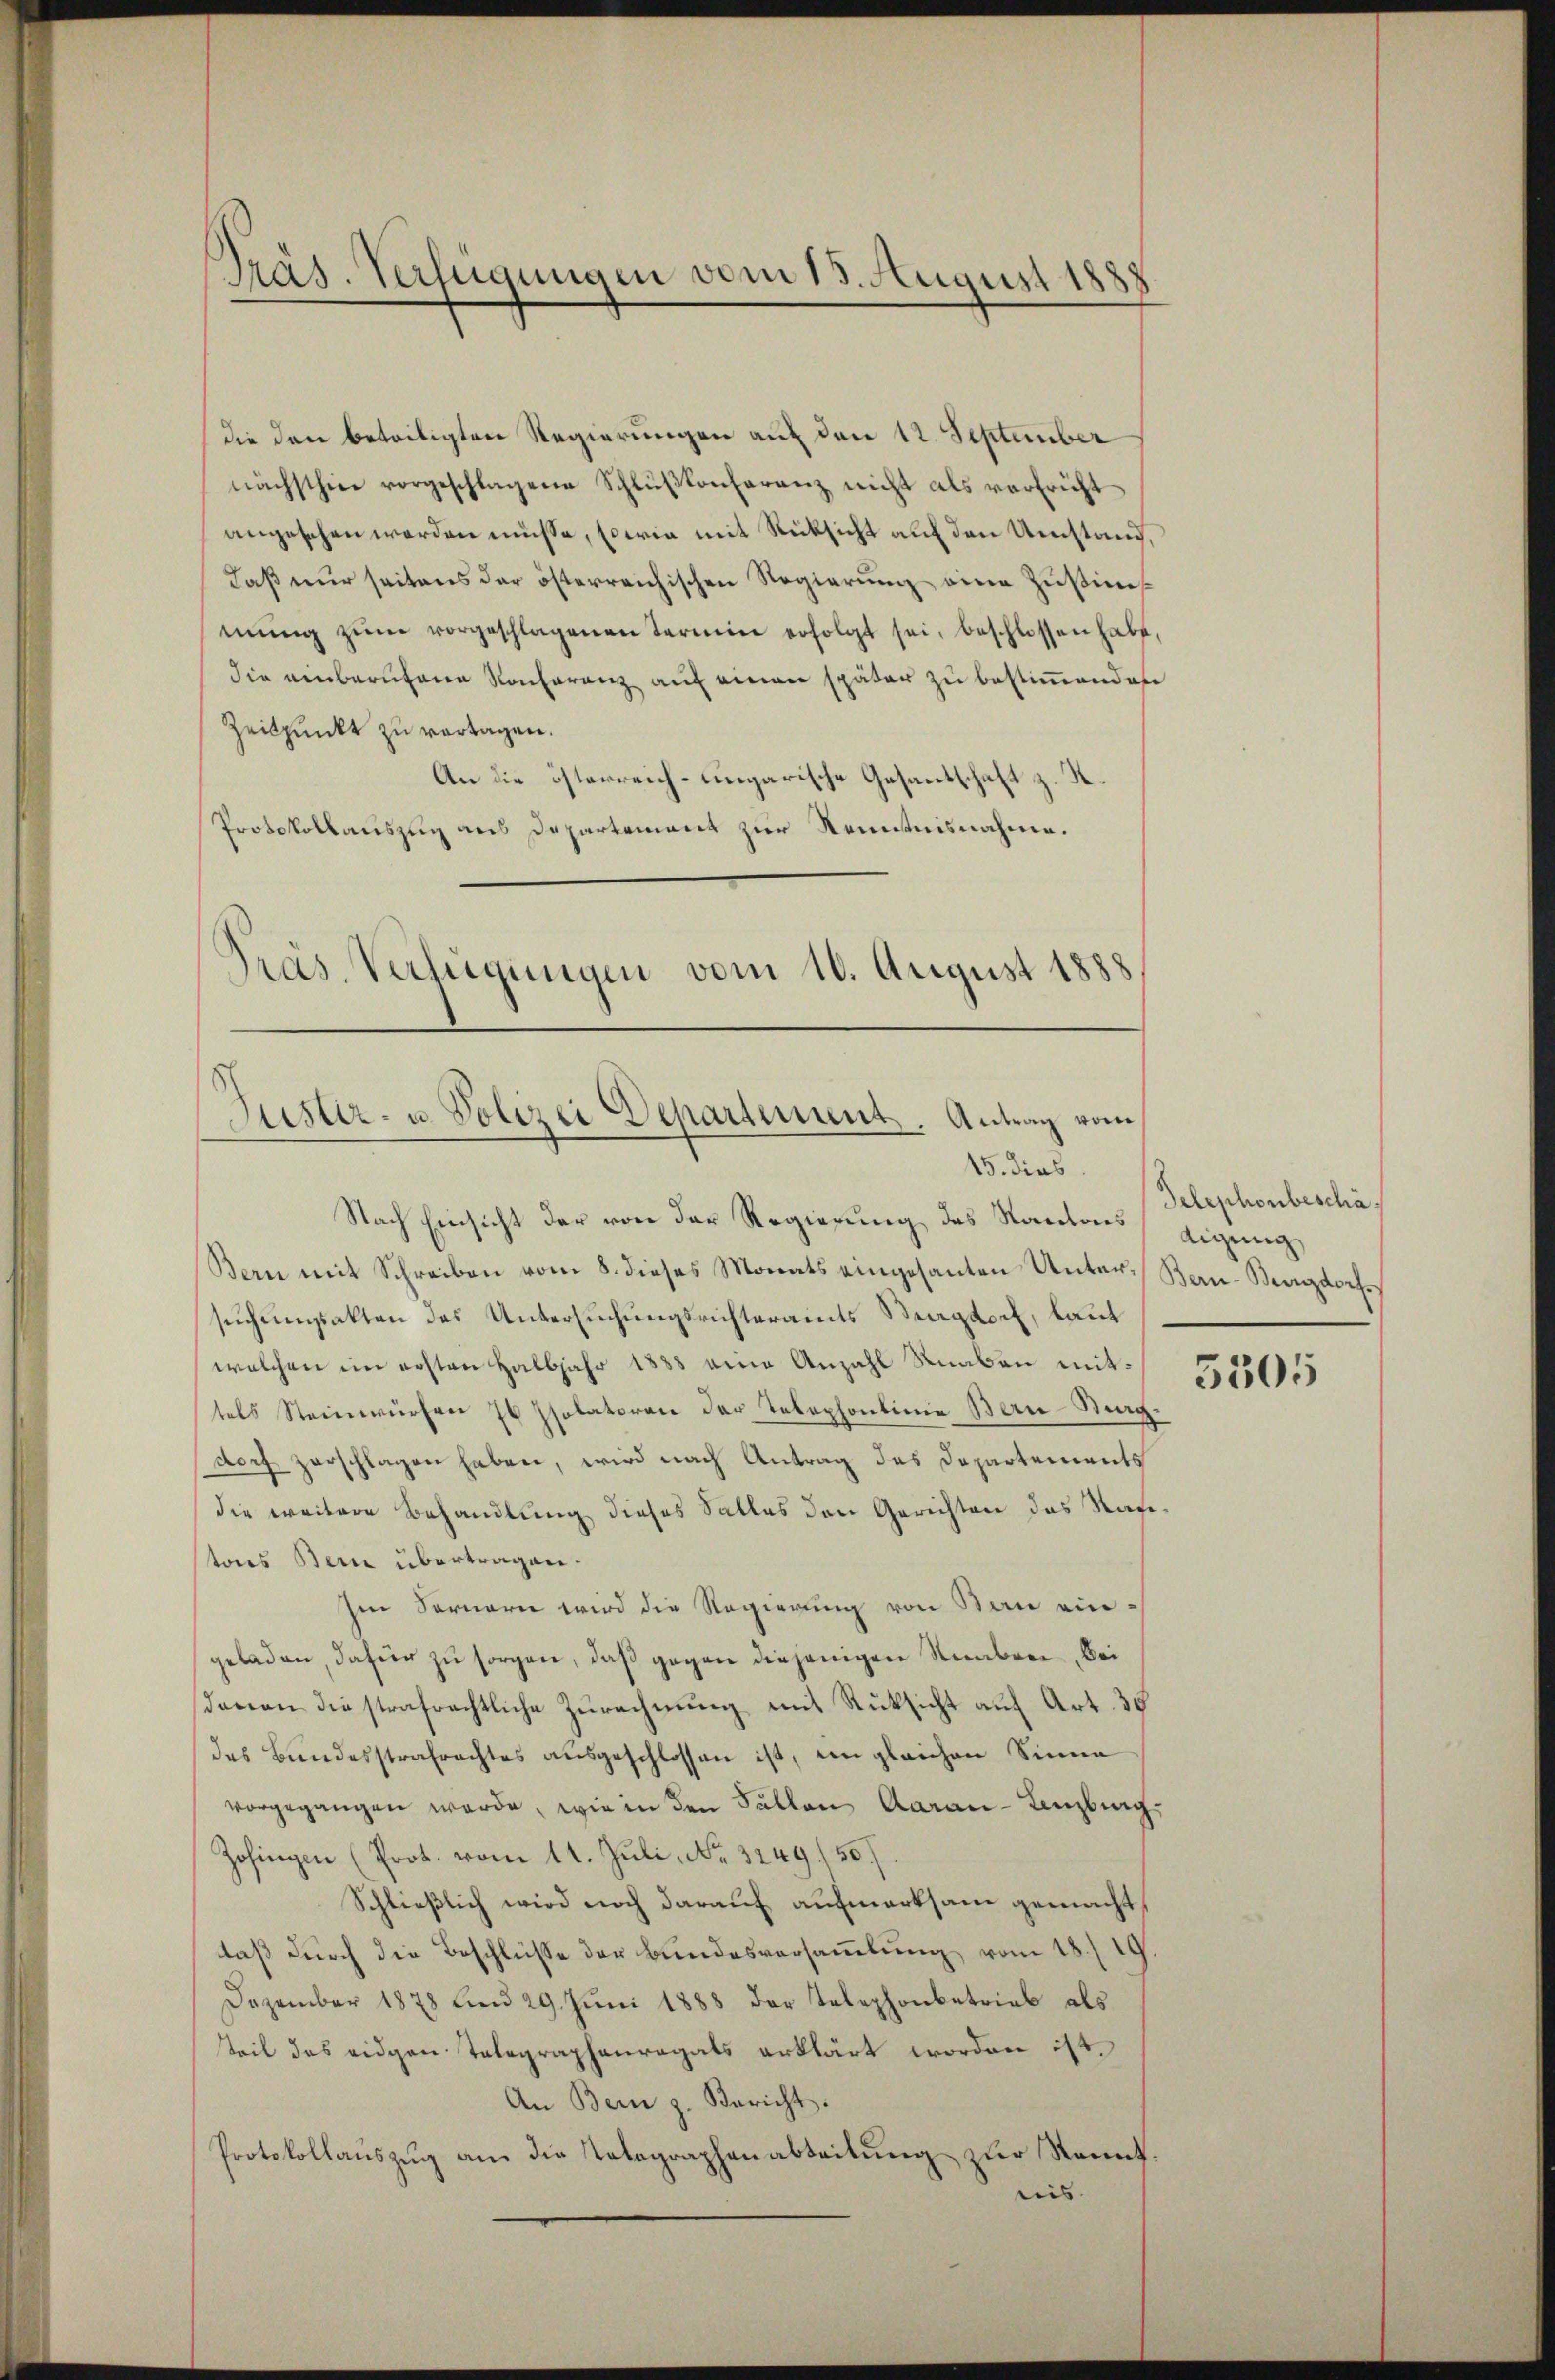
Präs. Verfügungen vom 15. August 1888

die den beteiligten Regierungen auf den 12. September
nächsthin vorgeschlagene Schlŭβkonferenz nicht als vorbricht
angesehen werden müsse, sowie mit Rücksicht auf den Umstand,
Daß nur seitens der österreichischen Regierung eine Zustimmŭng zŭm vorgeschlagenen Termine erfolgt sei, beschlossen habe,
die einberufene Konferenz auf einen später zu bestimmenden
Zeitpunkt zu vertagen.
An die österreich-ungarische Gesandschaft z. K
Protokollauszug aus Departement zur Kenntnisnahme.
Pras. Verfügungen vom 10. August 1888

Justiz- u. Polizei Departement. Antrag vom
15. dies

Nach Einsicht der von der Regierung des Kantons digung
Bern mit Schreiben vom 8. dieses Monats eingesanten Unter-Ban-Bergdorf
suchungsakten des Untersuchungsrichteramts Magdorf, laut
welchen im ersten Halbjahr 1888 eine Anzahl Knaben mittels Steinwürfen 7 Isolatoren der Telephonlinie Bern-Berg-
dorf zerschlagen haben, wird nach Antrag des Departements
die weitere Behandlung dieses Salles den Gerichten das Raustons Bern übertragen.
Im Sornern wird die Regierung von Bau ein-
geladen, dafür zu sorgen, daß gegen diejenigen Stember, Bei
davon die strafrechtliche Zurechnung mit Rüksicht auf Art. 35
des Bundesstrafrachtes ausgeschlossen ist, ein gleichen Sinne
vorgegangen werde, wie in den Fällen Aarau-Lenzburg,
Zofingen (Prot. vom 11. Juli, No. 3249/50.
Schließlich wird noch darauf aufmerksam gemacht
daß durch die Beschlüsse der Bundesversammlung vom 18./19
Dezember 1878 und 29. Jŭni 1888 der Telephonbetrieb als
teil des eidgen Telegraphenregals erklärt worden ist.
An Bern z. Bericht.
Protokollauszug an die Telegraphenabteilung zur Kennt
eis. |

Telephonbeschäf

5305